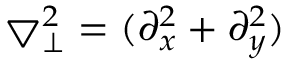
\bigtriangledown _ { \perp } ^ { 2 } = ( \partial _ { x } ^ { 2 } + \partial _ { y } ^ { 2 } )